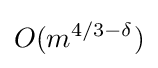
O(m^{4/3-\delta })